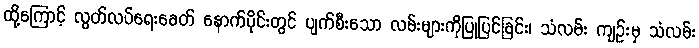
ထို့ကြောင့် လွတ်လပ်ရေးခေတ် နောက်ပိုင်းတွင် ပျက်စီးသော လမ်းများကိုပြုပြင်ခြင်း၊ သံလမ်း ကျဉ်းမှ သံလမ်း